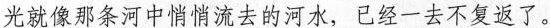
光就像那条河中悄悄流去的河水，已经一去不复返了。